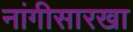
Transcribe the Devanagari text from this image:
नांगीसारखा